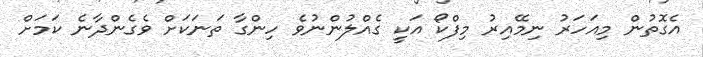
އެގޮތުން މިއަހަރު ނިމޭއިރު މިފްކޯ އަކީ ގެއްލުންނުވެ ހިންގާ ތަނަކަށް ވެގެންދާނެ ކަމަށް